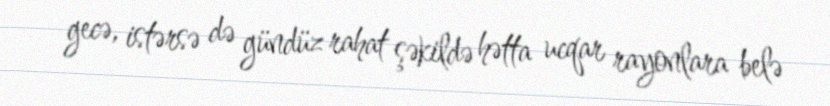
gecə, istərsə də gündüz rahat şəkildə hətta ucqar rayonlara belə